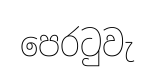
පෙරටුවැ